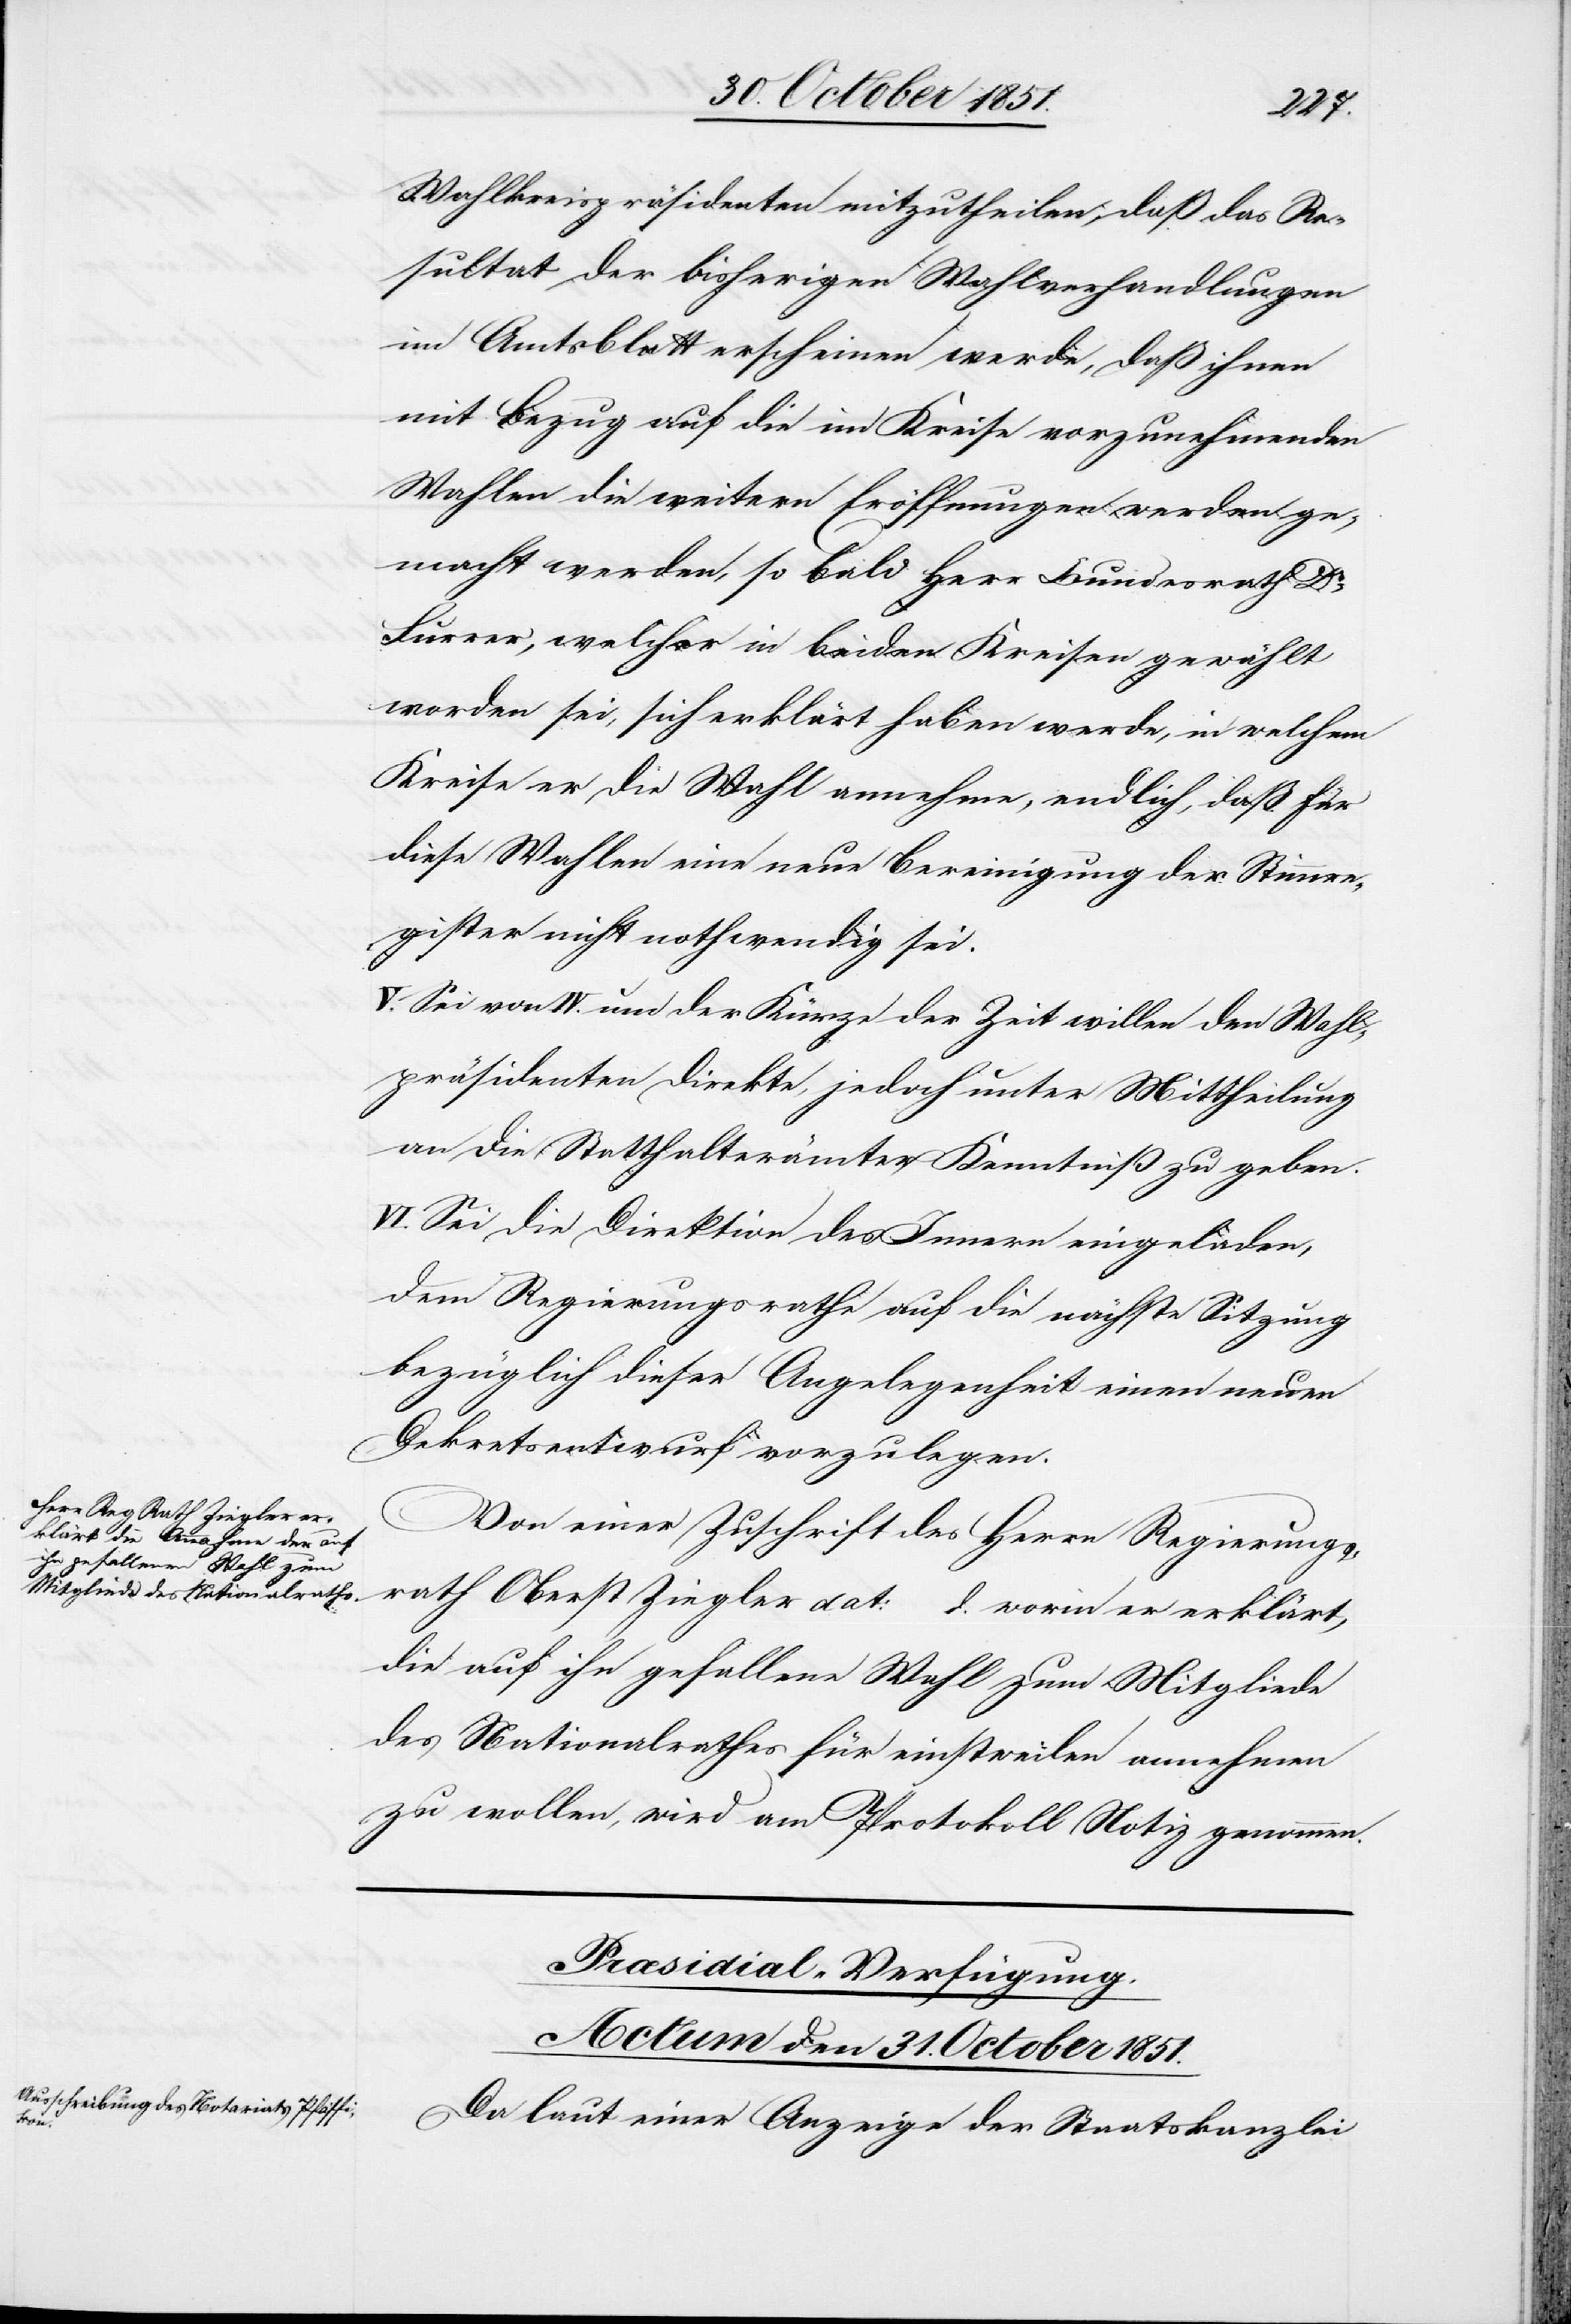
Wahlkreispräsidenten mitzutheilen, daß das Re¬
sultat der bisherigen Wahlverhandlungen
im Amtsblatt erscheinen werde, daß ihnen
mit Bezug auf die im Kreise vorzunehmenden
Wahlen die weitern Eröffnungen werden ge¬
macht werden, so bald Herr Bundesrath Dr
Furrer, welcher in beiden Kreisen gewählt
worden sei, sich erklärt haben werde, in welchem
Kreise er die Wahl annehme, endlich, daß für
diese Wahlen eine neue Bereinigung der Stimmre¬
gister nicht nothwendig sei.
V. Sei von IV. und der Kürze der Zeit willen den Wahl¬
präsidenten direkte, jedoch unter Mittheilung
an die Statthalterämter Kenntniß zu geben.
VI. Sei die Direktion des Innern eingeladen,
dem Regierungsrathe auf die nächste Sitzung
bezüglich dieser Angelegenheit einen neuen
Dekretsentwurf vorzulegen.
Von einer Zuschrift des Herrn Regierungs¬
rath Oberst Ziegler dat: … d. worin er erklärt,
die auf ihn gefallene Wahl zum Mitgliede
des Nationalrathes für einstweilen annehmen
zu wollen, wird am Protokoll Notiz genommen.
Præsidial-Verfügung.
Actum den 31. October 1851.
Da laut einer Anzeige der Staatskanzlei